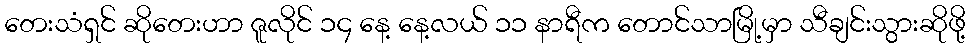
တေးသံရှင် ဆိုတေးဟာ ဇူလိုင် ၁၄ နေ့ နေ့လယ် ၁၁ နာရီက တောင်သာမြို့မှာ သီချင်းသွားဆိုဖို့